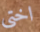
اختى